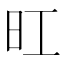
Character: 𪰆